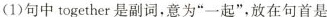
(1)句中 together 是副词,意为“一起",放在句首是